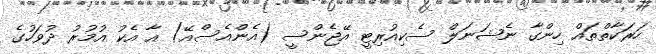
ހަރަކާތްތައް ހިންގާ ނެޝަނަލް ސެކިއުރިޓީ އޭޖެންސީ (އެންއެސްއޭ) އާ އެކު އުމުރު ދުވަހުގެ